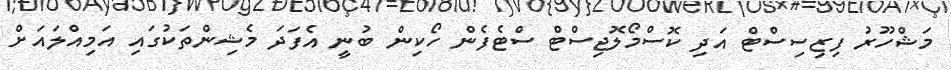
މަޝްހޫރު ފިޒިސިސްޓް އަދި ކޮސްމޯލޮޖިސްޓް ސްޓެފެން ހޯކިން ބުނީ އެފަދަ މެޝިންތަކުގައި އަމިއްލައަށް